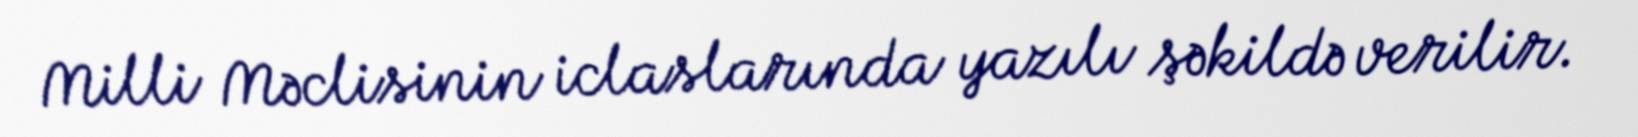
Milli Məclisinin iclaslarında yazılı şəkildə verilir.